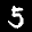
Label: 5